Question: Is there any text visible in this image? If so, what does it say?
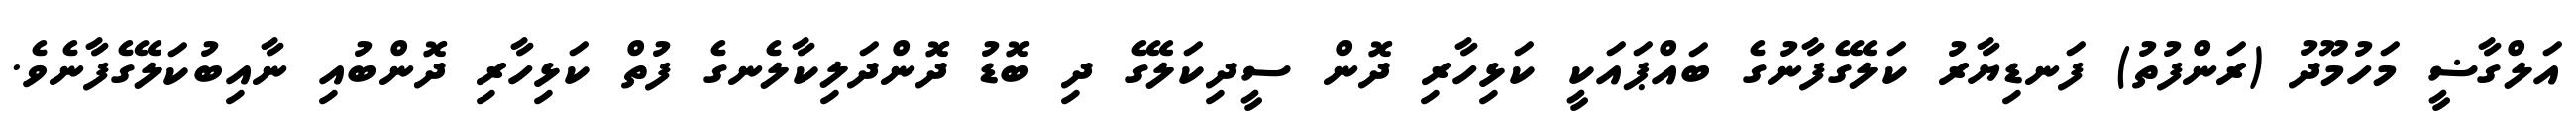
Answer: އަލްގާޟީ މަހުމޫދު (ރަންފުތު) ފަނޑިޔާރު ކަލޭގެފާނުގެ ބައްޕައަކީ ކަޅިހާރި ދޮން ސީދިކަލޭގެ ދި ބޮޑު ދޮންދަލިކާލެނގެ ފުތް ކަޅިހާރި ދޮންބުއި ނާއިބުކަލޭގެފާނެވެ.